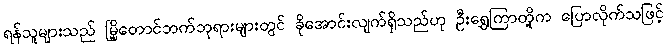
ရန်သူများသည် မြို့တောင်ဘက်ဘုရားများတွင် ခိုအောင်းလျက်ရှိသည်ဟု ဦးရွှေကြာတို့က ပြောလိုက်သဖြင့်